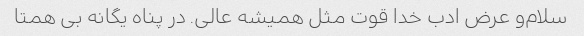
سلام‌و عرض ادب خدا قوت مثل همیشه عالی. در پناه یگانه بی همتا